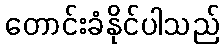
တောင်းခံနိုင်ပါသည်